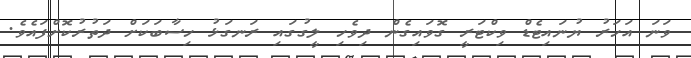
ވަނަ އަހަރު ޔުނައިޓެޑް ވިކްޓަރީ ގޮވައިގެން ދިވެހި ލީގުގައި ރަނގަޅު ހިސާބަަކަށް ދަތުރުކޮށްފައެވެ.